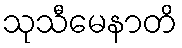
သုသီမေနာတိ